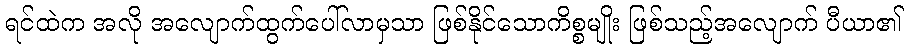
ရင်ထဲက အလို အလျောက်ထွက်ပေါ်လာမှသာ ဖြစ်နိုင်သောကိစ္စမျိုး ဖြစ်သည့်အလျောက် ပီယာ၏